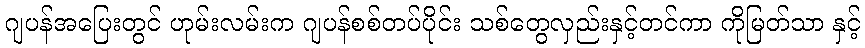
ဂျပန်အပြေးတွင် ဟုမ်းလမ်းက ဂျပန်စစ်တပ်ပိုင်း သစ်တွေလှည်းနှင့်တင်ကာ ကိုမြတ်သာ နှင့်